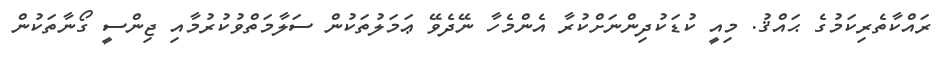
ރައްކާތެރިކަމުގެ ޙައްޤު. މިއީ ކުޑަކުދިންނަށްކުރާ އެންމެހާ ނޭދެވޭ ޢަމަލުތަކުން ސަލާމަތްވުކުރުމާއި ޖިންސީ ގޯނާތަކުން